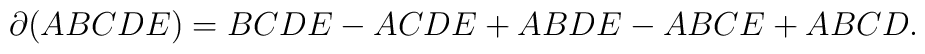
\partial (ABCDE) = BCDE - ACDE + ABDE - ABCE +ABCD.